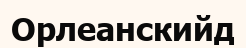
Орлеанскийд